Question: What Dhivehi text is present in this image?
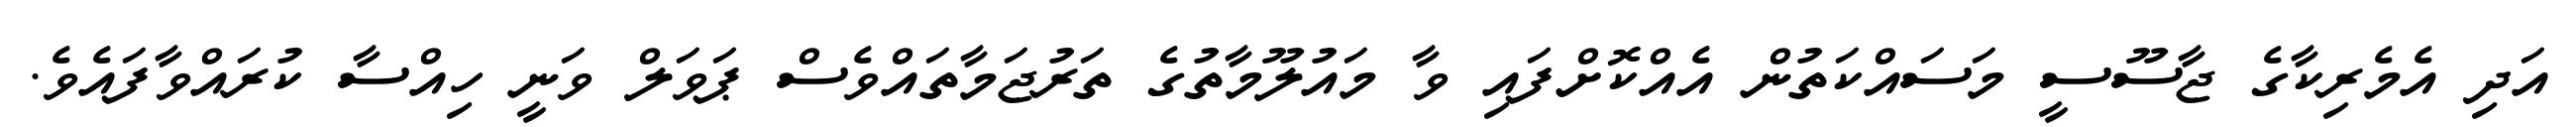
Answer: އަދި އެމެރިކާގެ ޖާސޫސީ މަސައްކަތުން އެއްކޮށްފައި ވާ މައުލޫމާތުގެ ތަރުޖަމާތައްވެސް ޕަވަލް ވަނީ ހިއްސާ ކުރައްވާފައެވެ.